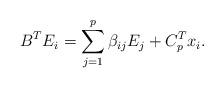
LaTeX: \begin{align*} B^TE_i = \sum_{j=1}^p\beta_{ij} E_j + C_p^Tx_i.\end{align*}